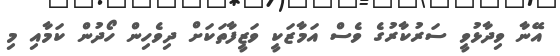
އޭނާ ވިދާޅުވީ ސަރުކާރުގެ ވެސް އަމާޒަކީ ވަޒީފާތަކަށް ދިވެހިން ހޯދުން ކަމާއި މި